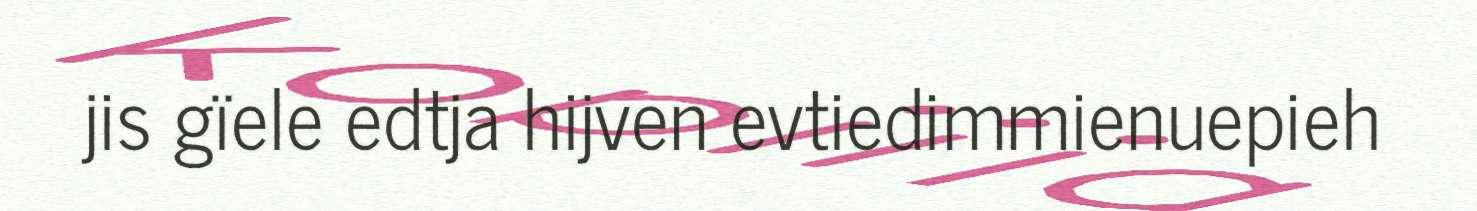
jis gïele edtja hijven evtiedimmienuepieh